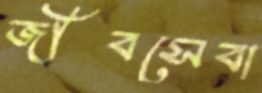
জীবসেবা